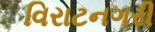
વિરાટનગરી